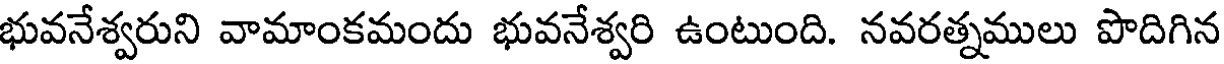
భువనేశ్వరుని వామాంకమందు భువనేశ్వరి ఉంటుంది. నవరత్నములు పొదిగిన